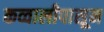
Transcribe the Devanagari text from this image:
कव्वालीपासून